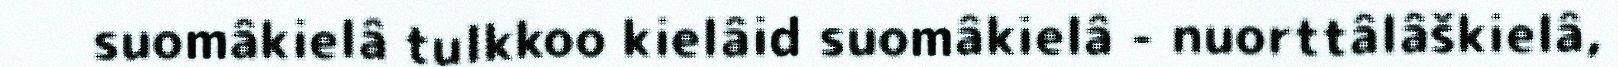
suomâkielâ tulkkoo kielâid suomâkielâ - nuorttâlâškielâ,